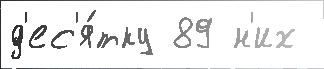
д'ес'я́тку 89 н'их